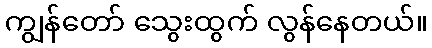
ကျွန်တော် သွေးထွက် လွန်နေတယ်။